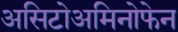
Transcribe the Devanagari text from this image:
असिटोअमिनोफेन